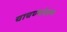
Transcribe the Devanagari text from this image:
चाचण्यांवरून